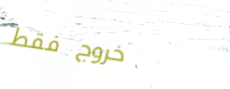
خروج فقط